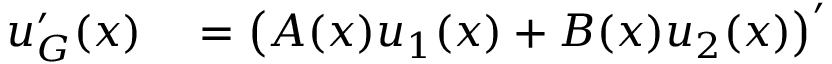
\begin{array} { r l } { u _ { G } ^ { \prime } ( x ) } & { { } = \left( A ( x ) u _ { 1 } ( x ) + B ( x ) u _ { 2 } ( x ) \right) ^ { \prime } } \end{array}